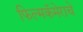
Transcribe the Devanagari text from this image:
फिल्मकॅमेराचे